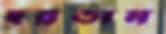
হরতাম